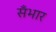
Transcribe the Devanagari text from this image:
सँभार